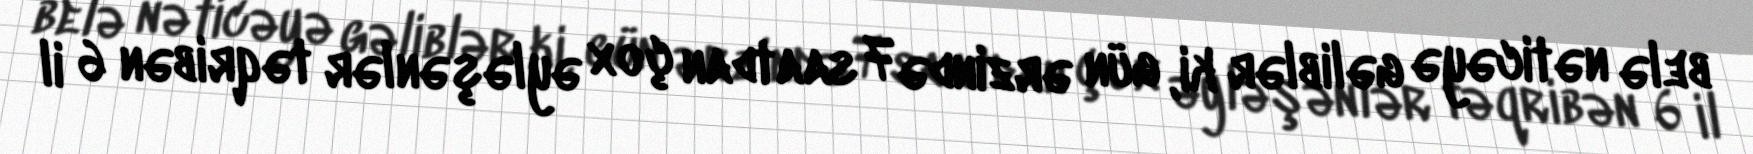
belə nəticəyə gəliblər ki, gün ərzində 7 saatdan çox əyləşənlər təqribən 6 il